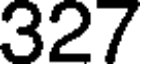
327